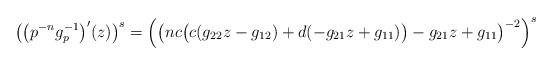
LaTeX: \begin{align*}\big(\big(p^{-n}g_p^{-1}\big)'(z)\big)^s = \left( \left( nc\big( c(g_{22}z-g_{12}) + d(-g_{21}z+g_{11})\big) - g_{21}z+g_{11} \right)^{-2} \right)^s\end{align*}